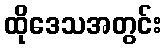
ထိုဒေသအတွင်း